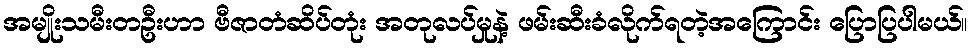
အမျိုးသမီးတဦးဟာ ဗီဇာတံဆိပ်တုံး အတုလပ်မှုနဲ့ ဖမ်းဆီးခံလိုက်ရတဲ့အကြောင်း ပြောပြပါမယ်။